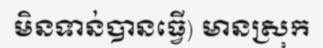
មិនទាន់បានធ្វើ) មានស្រុក